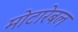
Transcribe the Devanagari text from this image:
मोटारेबल